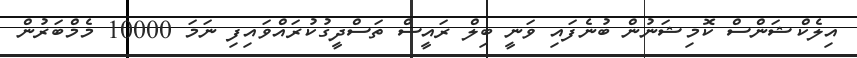
އިލެކްޝަންސް ކޮމިޝަނުން ބުނެފައި ވަނީ ބިލް ރައީސް ތަސްދީގުކުރައްވައިފި ނަމަ 10000 މެމްބަރުން